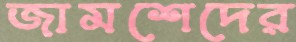
জামশেদের